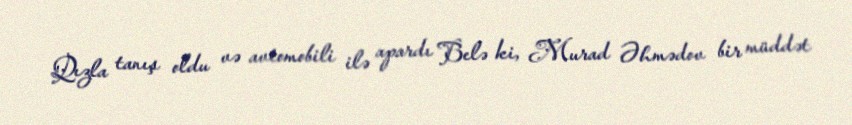
Qızla tanış oldu və avtomobili ilə apardı Belə ki, Murad Əhmədov bir müddət